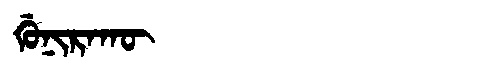
Manchu: ᡤᡠᠨᡳᡵᠠᡴᡡ
Romanization: GUNIRAKŪ